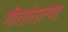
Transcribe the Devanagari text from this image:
गीतांतल्या